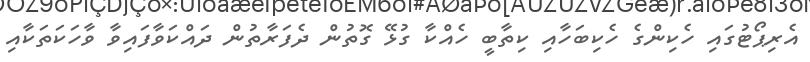
އެރިޕޯޓުގައި ހެކިންގެ ހެކިބަހާއި ކިތާބީ ހެއްކާ ގުޅޭ ގޮތުން ދެފަރާތުން ދައްކަވާފައިވާ ވާހަކަތަކާއި